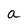
Character: a